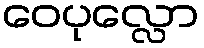
ဝေပုလ္လော